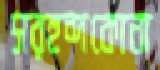
সরহন্দকোনা